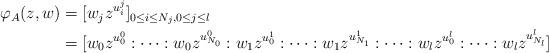
LaTeX: \begin{align*} \begin{aligned} \varphi_{A }(z, w) &= [w_j z^{u_i^{j}}]_{0 \leq i \leq N_j, 0 \leq j \leq l} \\ &= [ w_0z^{u^0_{0}} : \cdots : w_0 z^{u^0_{N_0}} : w_1 z^{u^1_{0}} : \cdots : w_1 z^{u^1_{N_1}} : \cdots: w_l z^{u^l_{0}} : \cdots : w_l z^{u^l_{N_l}}] \end{aligned} \end{align*}